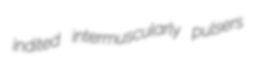
indited intermuscularly pulsers